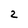
Character: 2